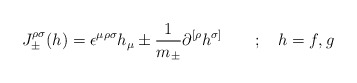
\begin{align*}{J}_{\pm}^{\rho \sigma}(h)= \epsilon ^{\mu \rho \sigma}h_{\mu} \pm \frac {1}{m_\pm}\partial ^{[\rho} h^ {\sigma]}\quad\quad ;\quad h=f,g\end{align*}